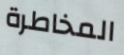
المخاطرة